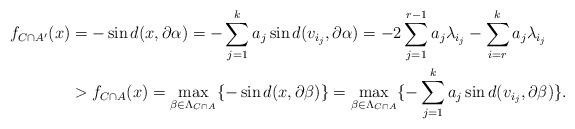
LaTeX: \begin{align*} f_{C\cap A'}(x) &= -\sin d(x,\partial\alpha)= -\sum_{j=1}^k a_j\sin d(v_{i_j},\partial\alpha) =-2\sum_{j=1}^{r-1}a_j\lambda_{i_j} -\sum_{i=r}^ka_j\lambda_{i_j} \\& > f_{C\cap A}(x) = \max_{\beta\in\Lambda_{C\cap A}}\{-\sin d(x,\partial\beta)\} =\max_{\beta\in\Lambda_{C\cap A}}\{-\sum_{j=1}^k a_j\sin d(v_{i_j},\partial\beta) \}.\end{align*}